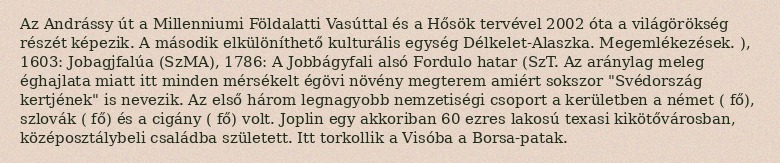
Az Andrássy út a Millenniumi Földalatti Vasúttal és a Hősök tervével 2002 óta a világörökség részét képezik. A második elkülöníthető kulturális egység Délkelet-Alaszka. Megemlékezések. ), 1603: Jobagjfalúa (SzMA), 1786: A Jobbágyfali alsó Fordulo hatar (SzT. Az aránylag meleg éghajlata miatt itt minden mérsékelt égövi növény megterem amiért sokszor "Svédország kertjének" is nevezik. Az első három legnagyobb nemzetiségi csoport a kerületben a német ( fő), szlovák ( fő) és a cigány ( fő) volt. Joplin egy akkoriban 60 ezres lakosú texasi kikötővárosban, középosztálybeli családba született. Itt torkollik a Visóba a Borsa-patak.